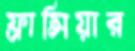
ফ্রান্সিয়ার